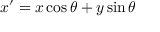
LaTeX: x ^ { \prime } = x \cos \theta + y \sin \theta